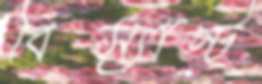
বিস্যান্ট